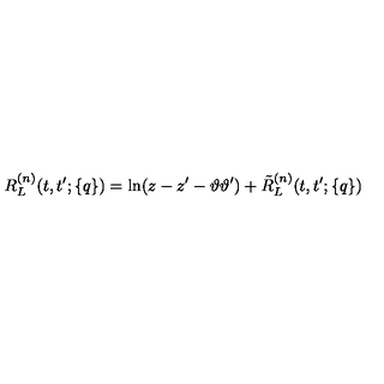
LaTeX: R _ { L } ^ { ( n ) } ( t , t ^ { \prime } ; \{ q \} ) = \ln ( z - z ^ { \prime } - \vartheta \vartheta ^ { \prime } ) + \tilde { R } _ { L } ^ { ( n ) } ( t , t ^ { \prime } ; \{ q \} )